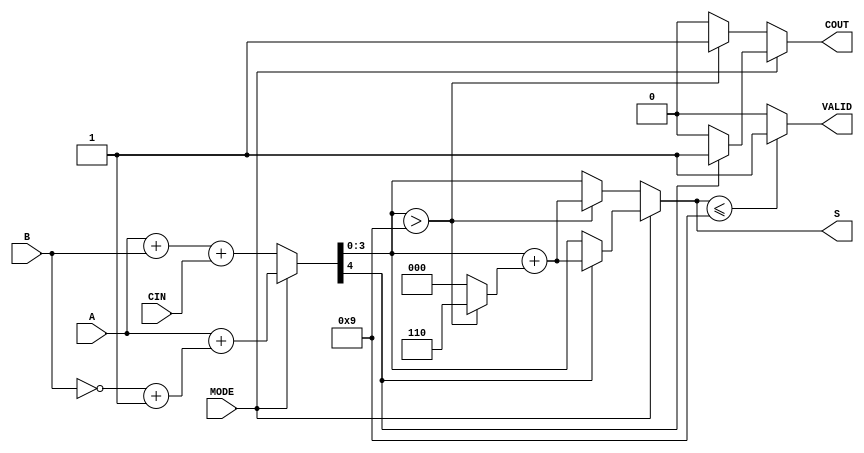
module BCD_Add_Subtracter (
    input  wire [3:0] A,      // First BCD digit
    input  wire [3:0] B,      // Second BCD digit
    input  wire MODE,         // Operation mode: 0 for addition, 1 for subtraction
    input  wire CIN,          // Carry-in for addition
    output reg  [3:0] S,      // Resulting BCD digit
    output reg  COUT,         // Carry-out for addition
    output reg  VALID         // Valid BCD output indicator
);

    wire [4:0] sum;           // 5-bit sum to accommodate carry
    wire [4:0] adjusted_sum;  // Adjusted sum for BCD correction
    wire [4:0] B_comp;        // 2's complement of B for subtraction
    wire is_bcd_invalid;      // Flag for invalid BCD

    // 2's complement of B for subtraction
    assign B_comp = {1'b0, ~B} + 5'b00001;

    // Perform addition or subtraction based on MODE
    assign sum = (MODE == 1'b0) ? {1'b0, A} + {1'b0, B} + CIN : {1'b0, A} + B_comp;

    // Check if the sum exceeds BCD limit (greater than 9)
    assign is_bcd_invalid = sum[3:0] > 4'b1001;

    // Adjust the sum if it exceeds BCD limit
    assign adjusted_sum = sum + (is_bcd_invalid ? 5'b00110 : 5'b00000);

    always @(*) begin
        if (MODE == 1'b0) begin // Addition
            S = is_bcd_invalid ? adjusted_sum[3:0] : sum[3:0];
            COUT = is_bcd_invalid ? 1'b1 : 1'b0;
        end else begin // Subtraction
            // Check if the result is negative (MSB of sum is set)
            if (sum[4] == 1'b1) begin
                S = adjusted_sum[3:0]; // Adjust for negative result
                COUT = 1'b1;            // Indicate borrow
            end else begin
                S = sum[3:0];           // Valid result
                COUT = 1'b0;            // No borrow
            end
        end

        // Check if the output is a valid BCD digit
        VALID = (S <= 4'b1001) ? 1'b1 : 1'b0;
    end

endmodule